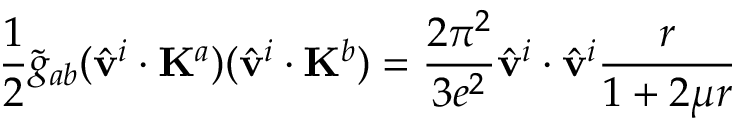
\frac { 1 } { 2 } \tilde { g } _ { a b } ( \hat { \bf v } ^ { i } \cdot { \bf K } ^ { a } ) ( \hat { \bf v } ^ { i } \cdot { \bf K } ^ { b } ) = \frac { 2 \pi ^ { 2 } } { 3 e ^ { 2 } } \hat { \bf v } ^ { i } \cdot \hat { \bf v } ^ { i } \frac { r } { 1 + 2 \mu r }